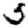
Digit: 5